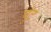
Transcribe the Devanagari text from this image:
घुंट